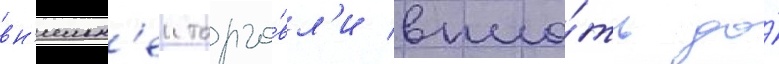
вн'ешн'еи торго́вл'и впло́ть до́